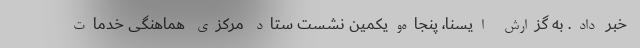
خبر داد. به گزارش ایسنا، پنجاه‌ویکمین نشست ستاد مرکزی هماهنگی خدمات